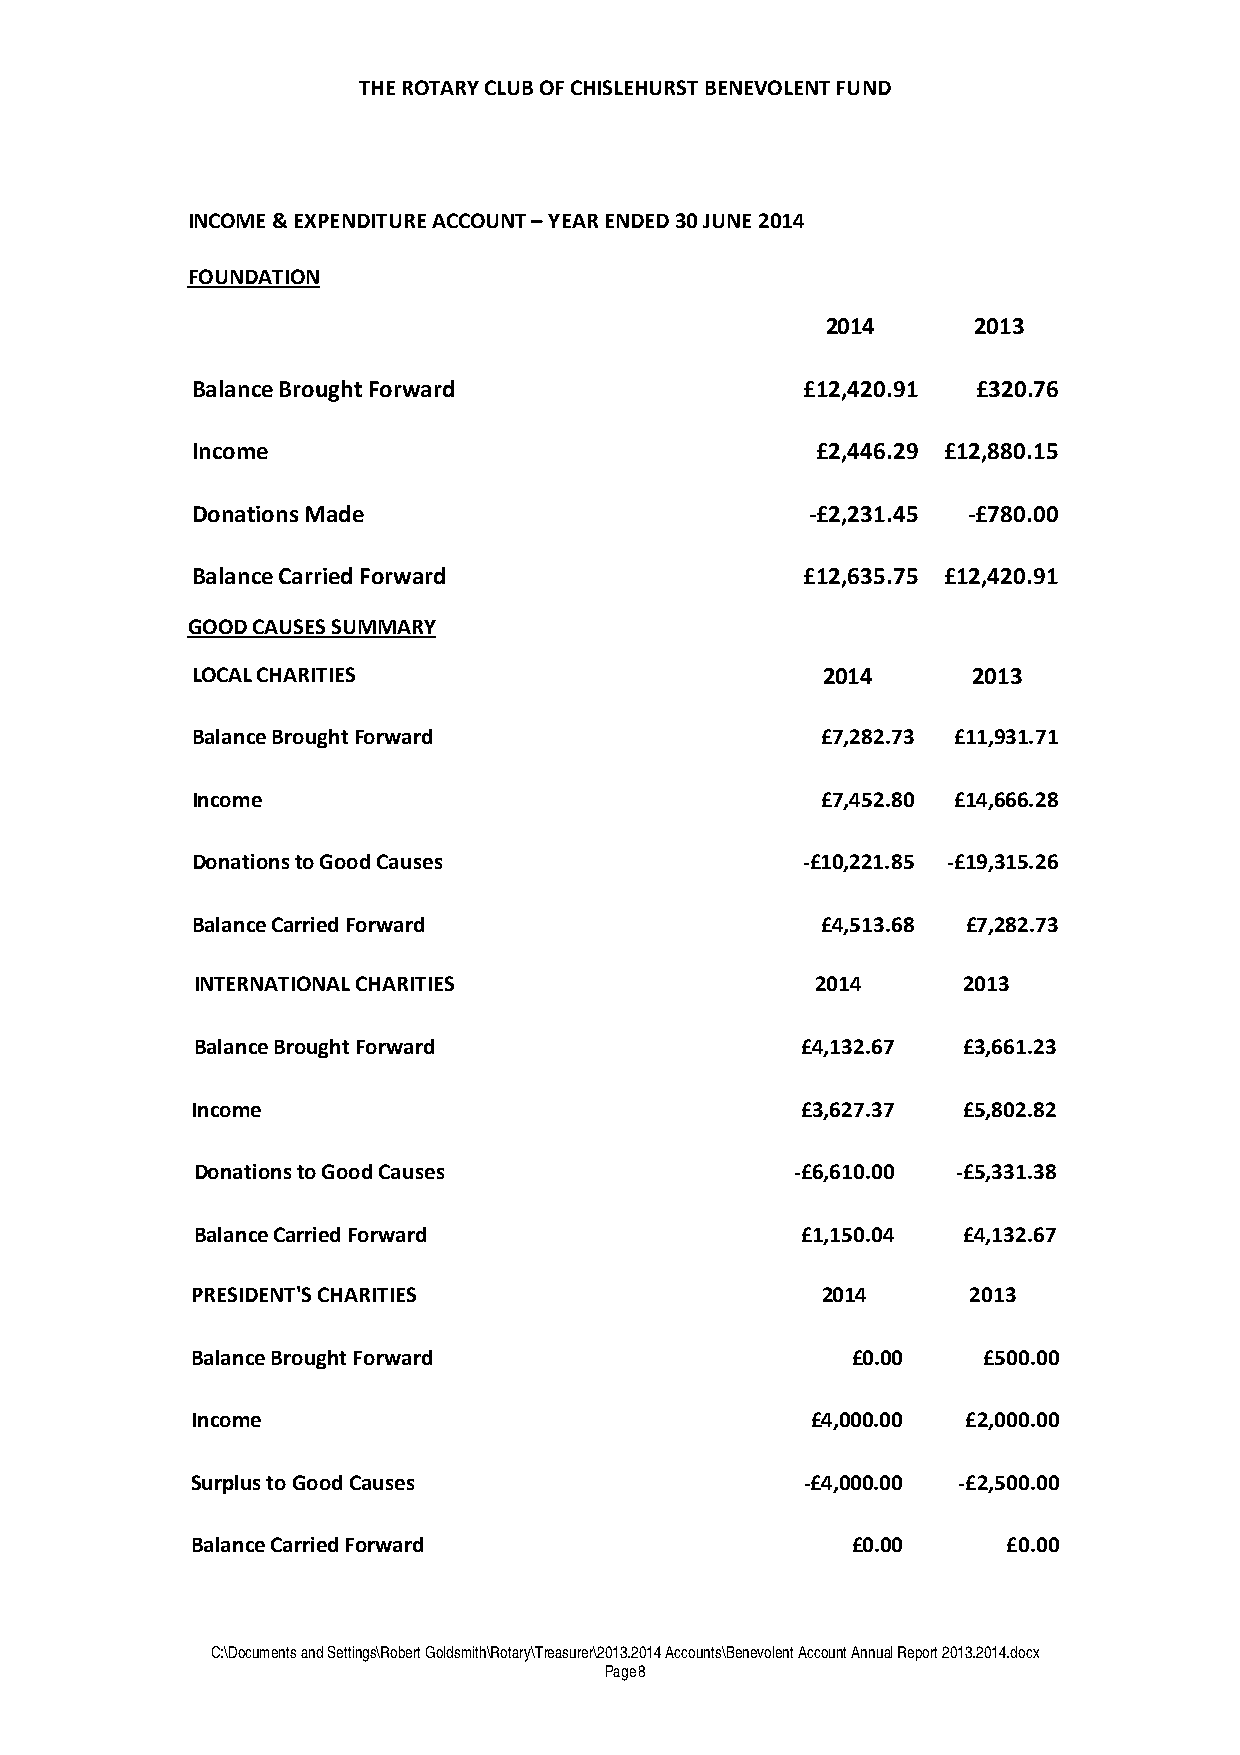
THE ROTARY CLUB OF CHISLEHURST BENEVOLENT FUND
 INCOME & EXPENDITURE ACCOUNT – YEAR ENDED 30 JUNE 2014
 FOUNDATION
 2014      2013
 Balance Brought Forward                 £12,420.91  £320.76
 Income                                   £2,446.29 £12,880.15
 Donations Made                           -£2,231.45 -£780.00
 Balance Carried Forward                 £12,635.75 £12,420.91
 GOOD CAUSES SUMMARY
 LOCAL CHARITIES                          2014      2013
 Balance Brought Forward                  £7,282.73 £11,931.71
 Income                                   £7,452.80 £14,666.28
 Donations to Good Causes                -£10,221.85 -£19,315.26
 Balance Carried Forward                  £4,513.68 £7,282.73
 INTERNATIONAL CHARITIES                  2014      2013
 Balance Brought Forward                 £4,132.67  £3,661.23
 Income                                  £3,627.37  £5,802.82
 Donations to Good Causes                -£6,610.00 -£5,331.38
 Balance Carried Forward                 £1,150.04  £4,132.67
 PRESIDENT'S CHARITIES                    2014      2013
 Balance Brought Forward                    £0.00    £500.00
 Income                                   £4,000.00 £2,000.00
 Surplus to Good Causes                  -£4,000.00 -£2,500.00
 Balance Carried Forward                    £0.00      £0.00
 C:\Documents and Settings\Robert Goldsmith\Rotary\Treasurer\2013.2014 Accounts\Benevolent Account Annual Report 2013.2014.docx
 Page 8